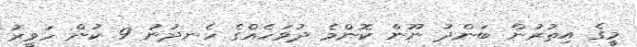
މީގެ އިތުރުން ބަންދު ނޫން ކޮންމެ ދުވަހެއްގެ ހެނދުނު 9 ކުން ހަވީރު